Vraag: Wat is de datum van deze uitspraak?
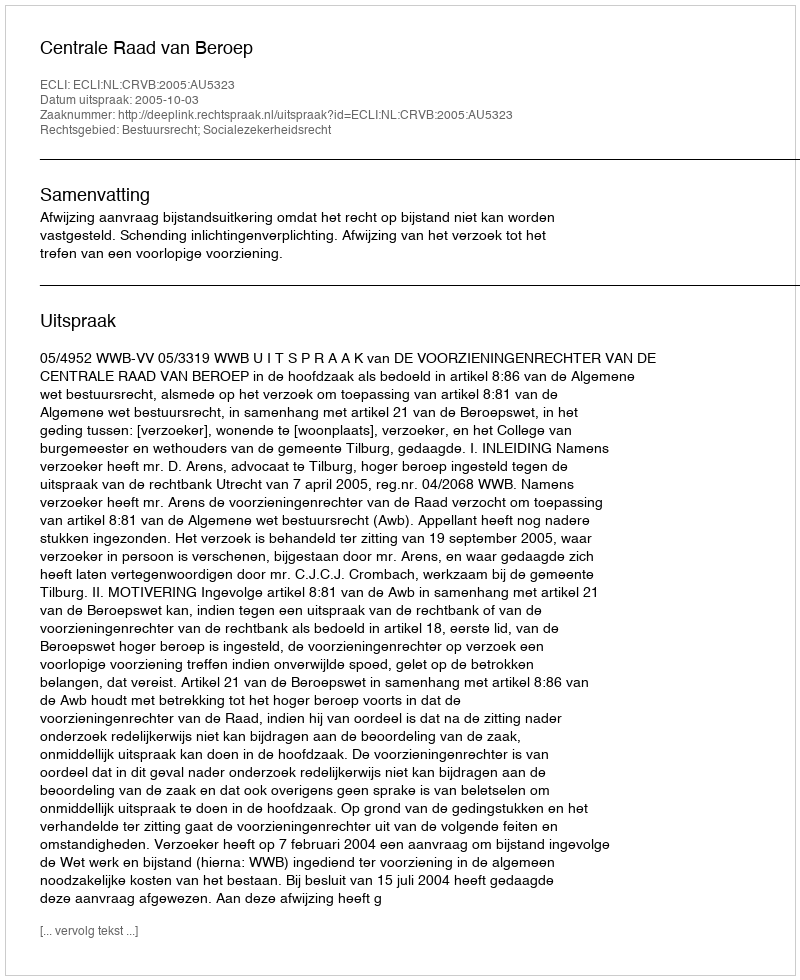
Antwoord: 2005-10-03